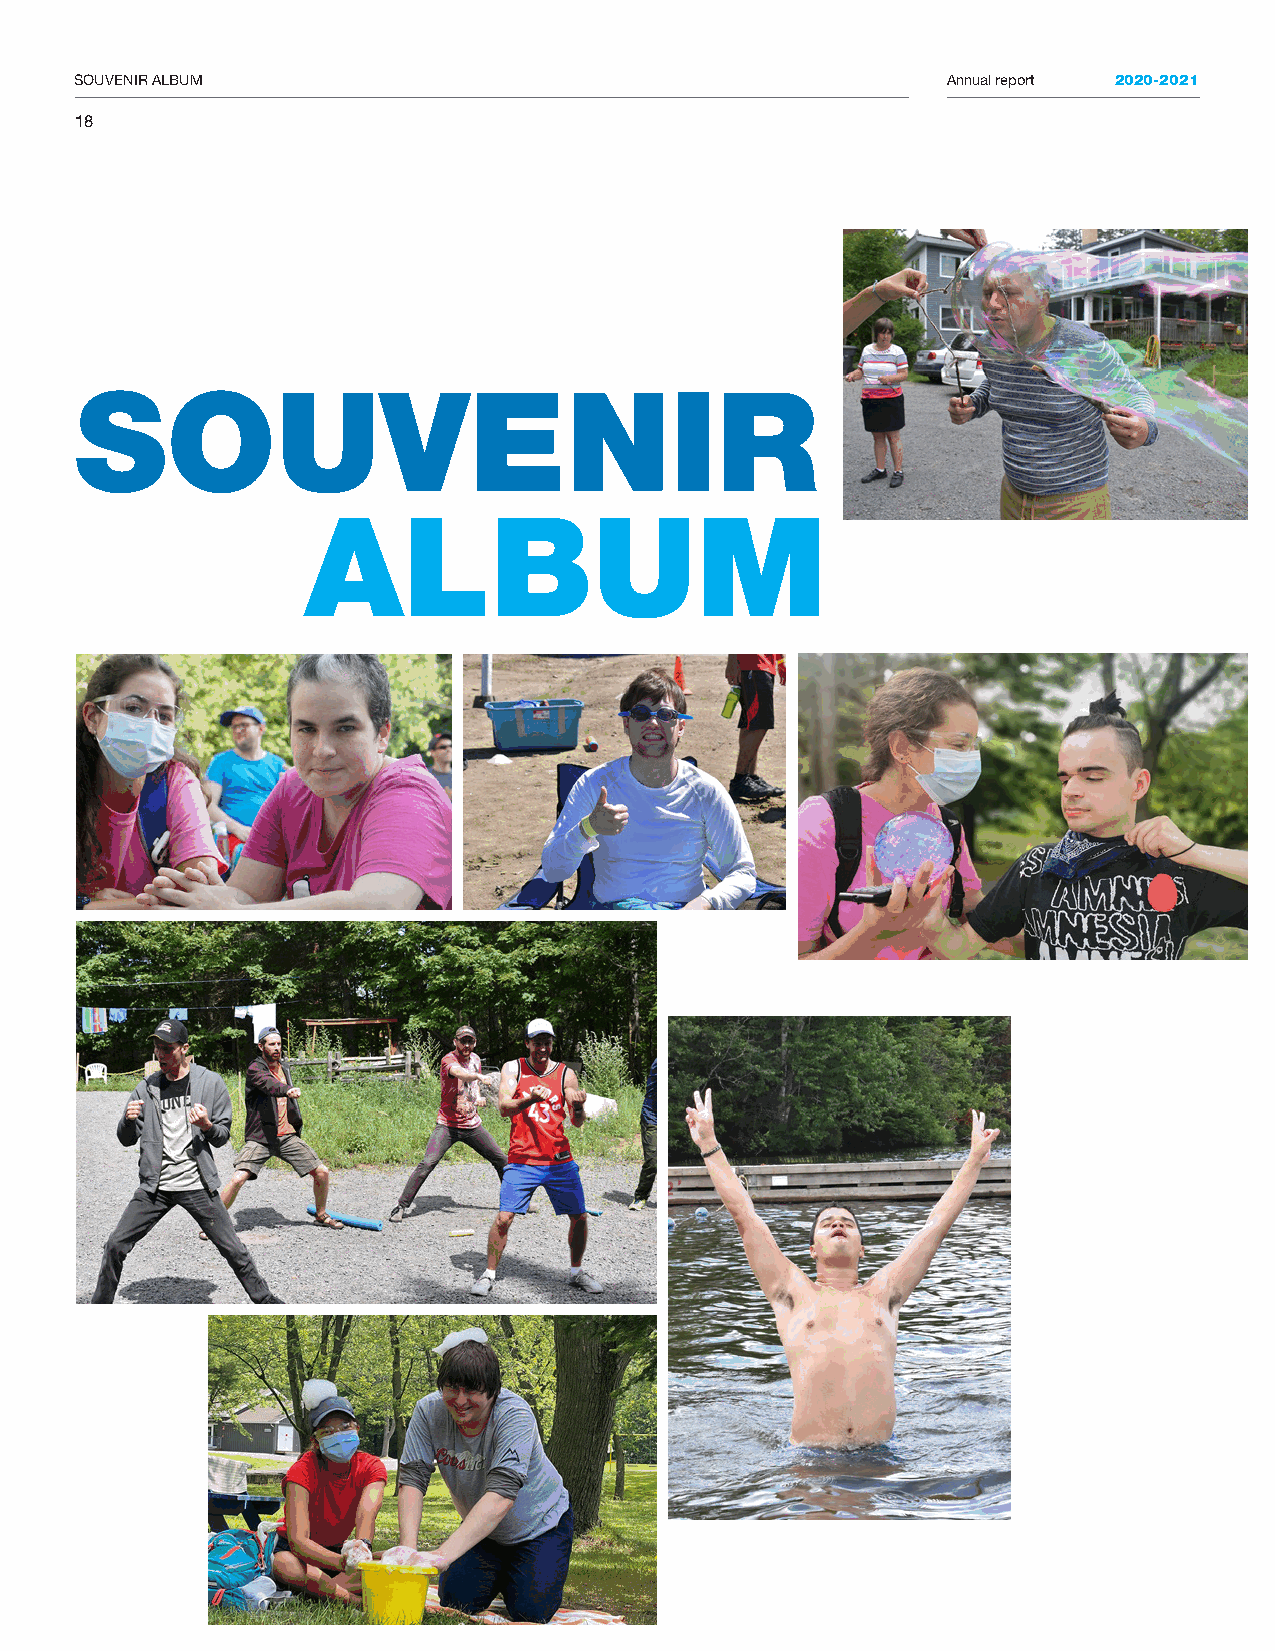
SOUVENIR ALBUM                                            Annual report 2020-2021
 18
 SOUVENIR
 ALBUM